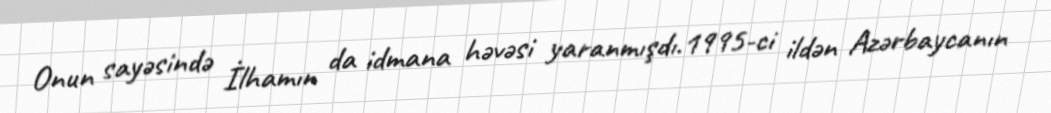
Onun sayəsində İlhamın da idmana həvəsi yaranmışdı.1995-ci ildən Azərbaycanın